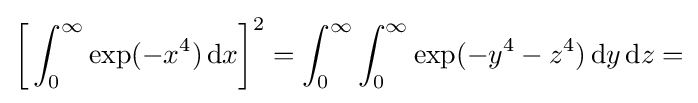
{\biggl [}\int _{0}^{\infty }\exp(-x^{4})\,\mathrm {d} x{\biggr ]}^{2}=\int _{0}^{\infty }\int _{0}^{\infty }\exp(-y^{4}-z^{4})\,\mathrm {d} y\,\mathrm {d} z=